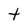
Character: t